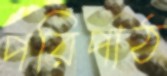
পরিপাঠ